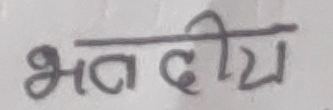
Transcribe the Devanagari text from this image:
भब्दीय